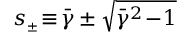
s _ { { \scriptscriptstyle \pm } } \! \equiv \! \bar { \gamma } \pm \sqrt { \bar { \gamma } ^ { 2 } \! - \! 1 }